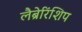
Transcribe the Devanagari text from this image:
लैब्रेरिंशिप